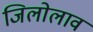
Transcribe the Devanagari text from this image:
जिलोलाव